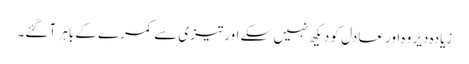
زیادہ دیر وہ اور عادل کو دیکھ نہیں سکے اور تیزی سے کمرے کے باہر آ گئے۔